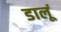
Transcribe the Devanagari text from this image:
डालूं